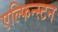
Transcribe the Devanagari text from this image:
एल्फिन्‍स्टन